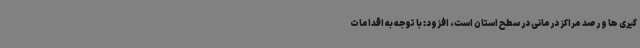
گیری ها و رصد مراکز درمانی در سطح استان است، افزود: با توجه به اقدامات